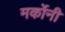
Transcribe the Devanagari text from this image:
मर्कोनी